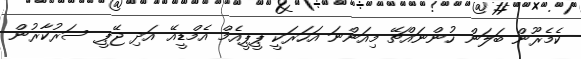
ކެމެރޫން ބަލަން ހުންނައްޗޭ މިއަންނަ އަހަރަކީ ޕީޕީއެމް އެމްޑީއޭ އަދި ޖޭޕީ ސަރުކާރުން